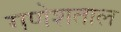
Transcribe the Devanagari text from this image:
गणेशताल